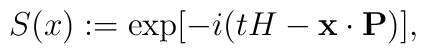
S(x):=\exp[-i(tH-{\bf x}\cdot{\bf P})],